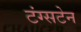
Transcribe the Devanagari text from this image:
टंग्सटेन